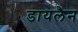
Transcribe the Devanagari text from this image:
डायलैन